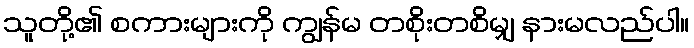
သူတို့၏ စကားများကို ကျွန်မ တစိုးတစိမျှ နားမလည်ပါ။